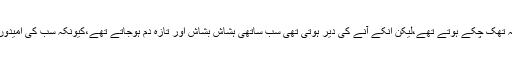
شاہ صاحب کا گھنٹہ ہوتا تو آخری تھا طلبہ تھک چکے ہوتے تھے،لیکن انکے آنے کی دیر ہوتی تھی سب ساتھی ہشاش بشاش اور تازہ دم ہوجاتے تھے،کیونکہ سب کی امیدوں کے مرکز ومحور یہی شاہ صاحب تھے۔